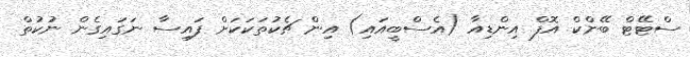
ސްޓޭޓް ބޭންކް އޮފް އިންޑިއާ (އެސްބީއައި) އިން ޗެކުތަކަކަށް ފައިސާ ނަގައިގެން ނުކުތް